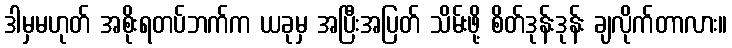
ဒါမှမဟုတ် အစိုးရတပ်ဘက်က ယခုမှ အပြီးအပြတ် သိမ်းဖို့ စိတ်ဒုန်းဒုန်း ချလိုက်တာလား။